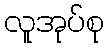
လူအုပ်စု